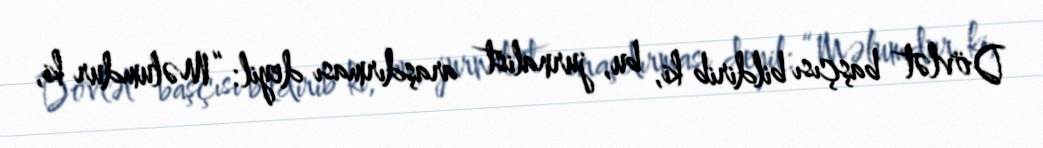
Dövlət başçısı bildirib ki, bu, jurnalist araşdırması deyil: “Məlumdur ki,